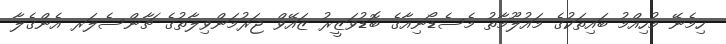
ހިމެނޭ މުހިއްމު ބައިތަކުގެ މައުލޫމާތު މެސެޑޯނިއާގެ ބޮޑުވަޒީރު ޒައޭވް ޖަރުމަންވިލާތުގެ ޗާންސެލަރ އެންގެލާ